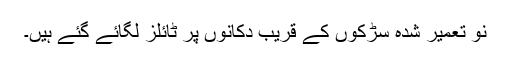
نو تعمیر شدہ سڑکوں کے قریب دکانوں پر ٹائلز لگائے گئے ہیں۔